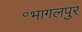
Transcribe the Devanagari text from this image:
॰भागलपुर